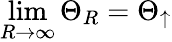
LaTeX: \operatorname*{lim}_{R\rightarrow\infty}\Theta_{R}=\Theta_{\uparrow}